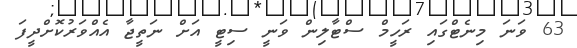
63 ވަނަ މިނެޓްގައި ރަހީމް ސްޓާލިން ވަނީ ސިޓީ އަށް ނަތީޖާ އެއްވަރުކޮށްދީފަ